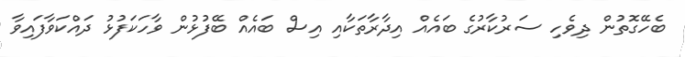
ބެހޭގޮތުން ދިވެހި ސަރުކާރުގެ ބައެއް އިދާރާތަކާއި އިސް ބައެއް ބޭފުޅުން ވާހަކަފުޅު ދައްކަވާފައިވާ